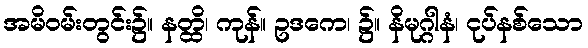
အမိဝမ်းတွင်း၌။ နတ္ထိ၊ ကုန်။ ဥဒကေ၊ ၌။ နိမုဂ္ဂါနံ၊ ငုပ်နစ်သော